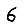
Digit: 6